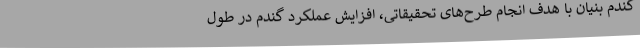
گندم بنیان با هدف انجام طرح‌های تحقیقاتی، افزایش عملکرد گندم در طول